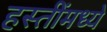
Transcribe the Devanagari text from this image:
हस्तींमध्ये